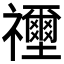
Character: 𥜦